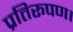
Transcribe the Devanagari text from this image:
प्रतिरूपण।